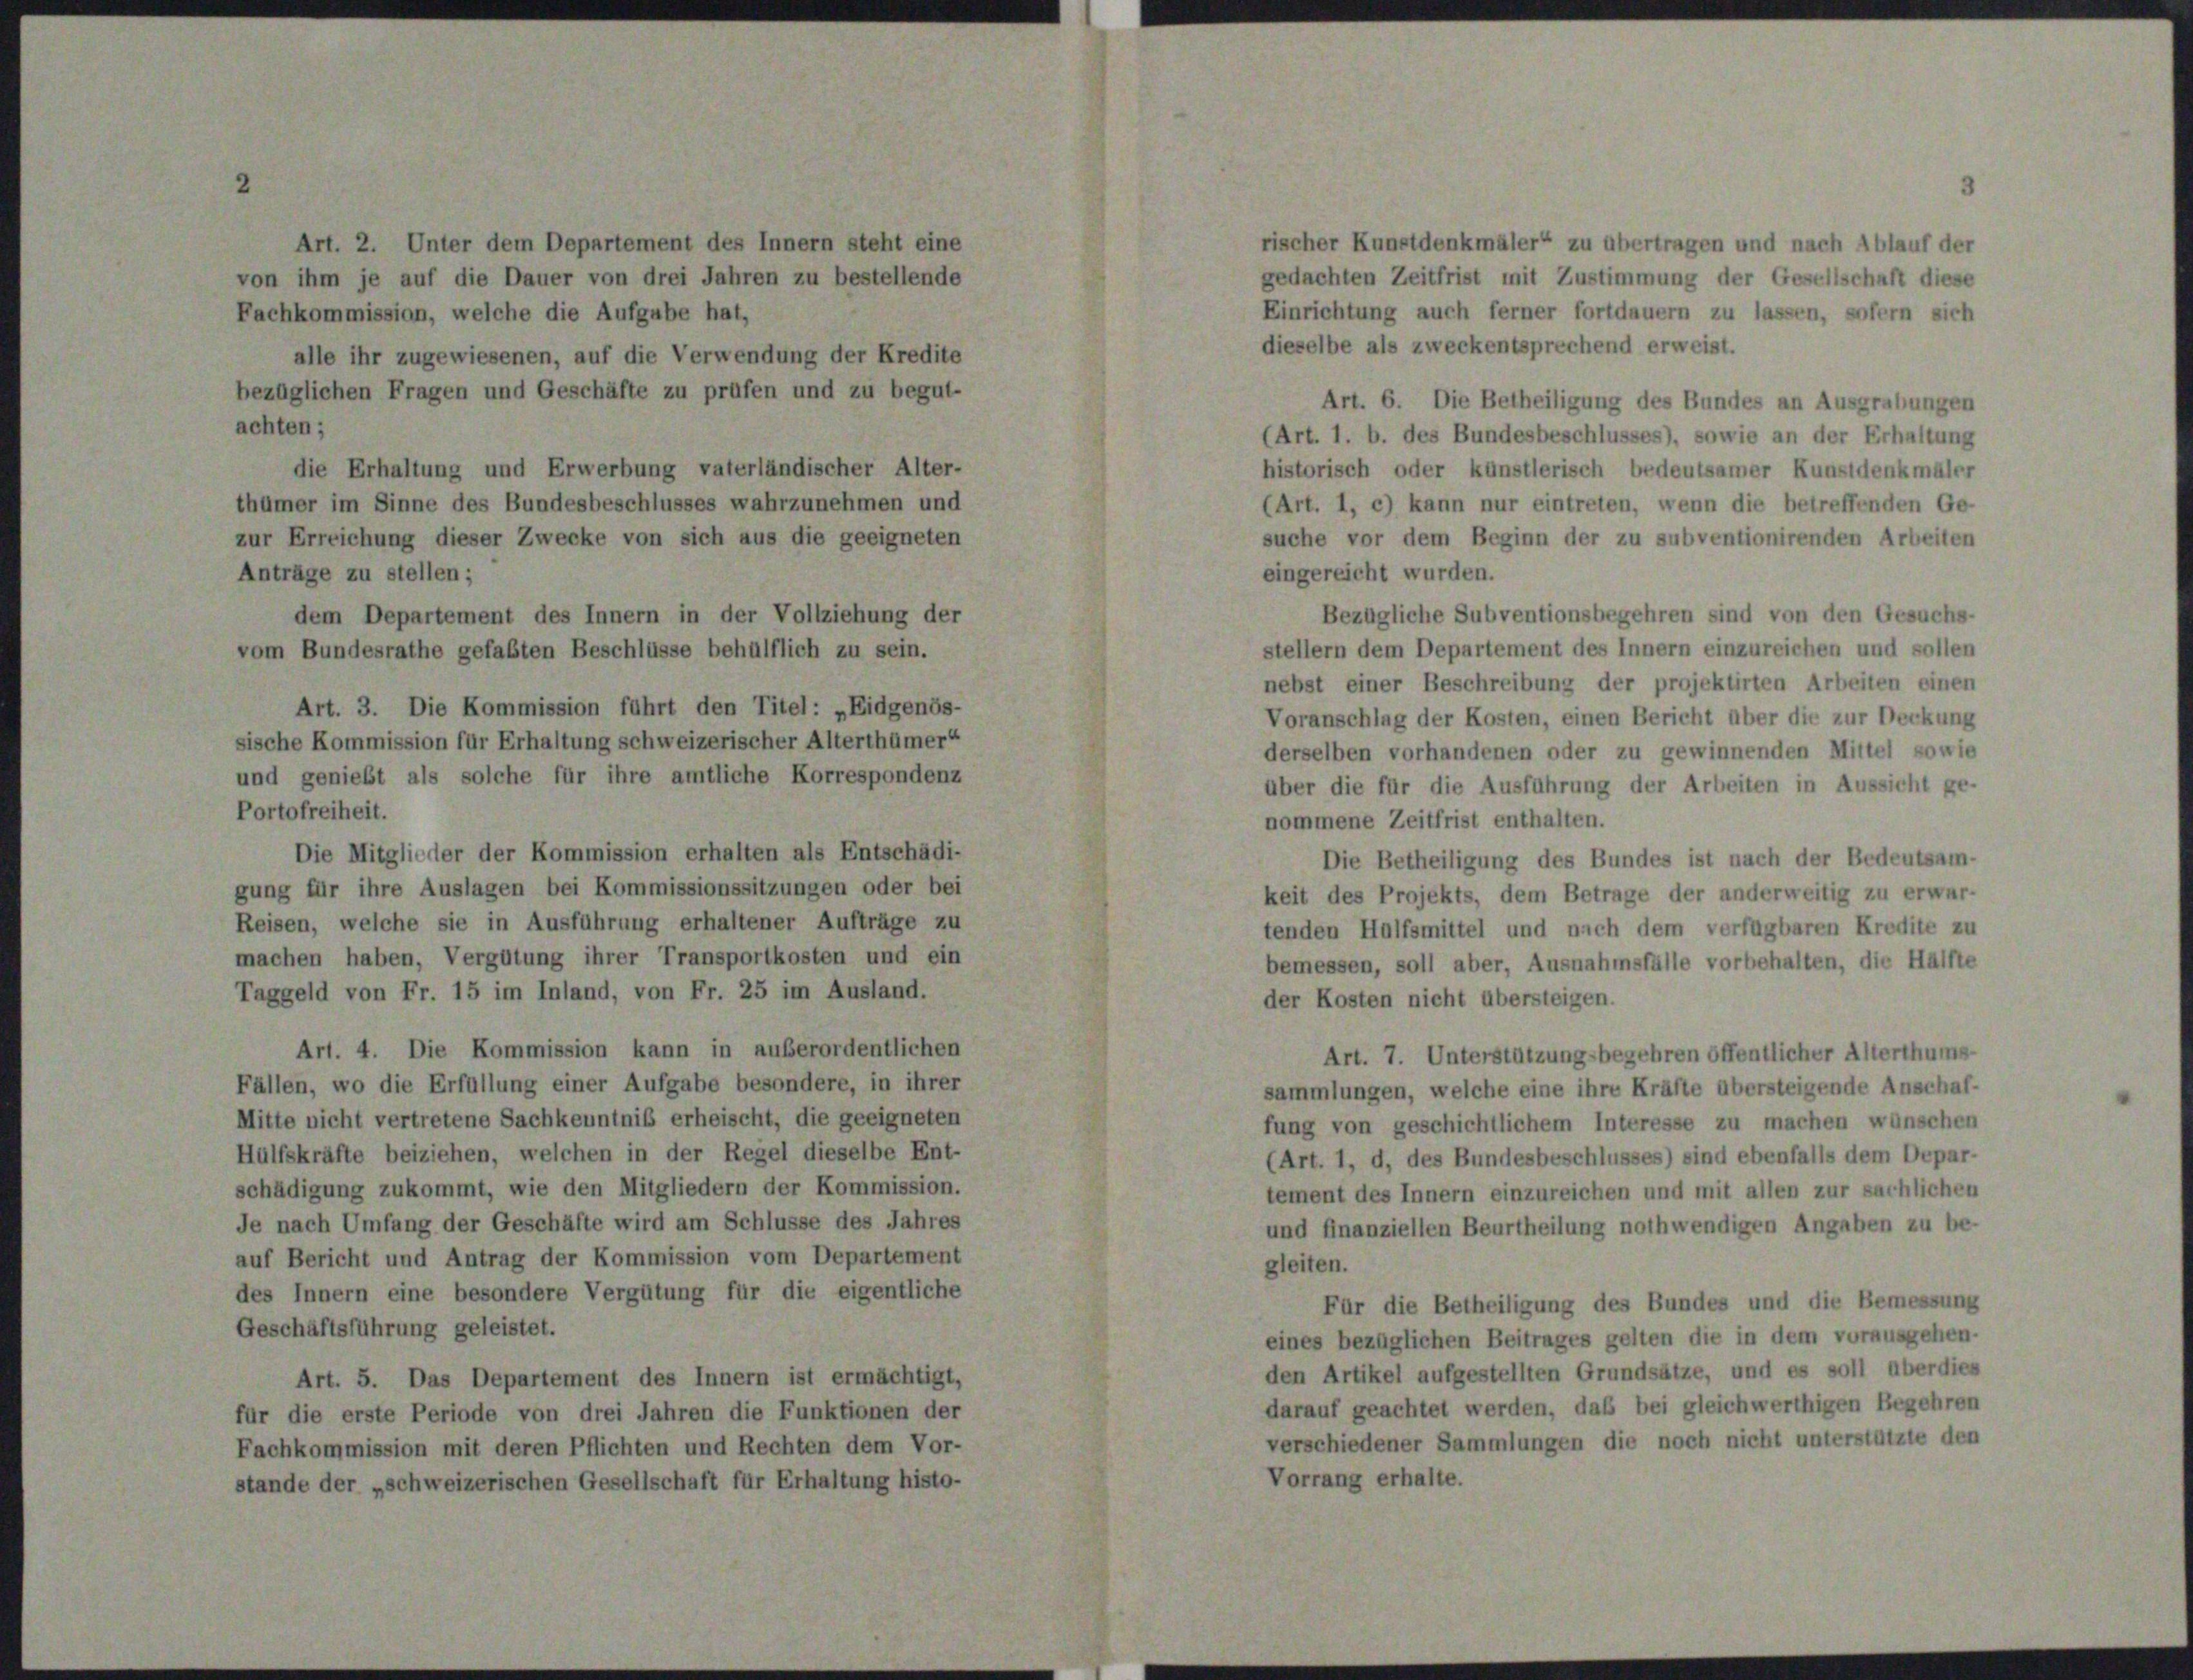
Art.

2

8

jewie

D

E

r

die Aufs

ten, auf die V

die Erhaltung und Erwerbung vaterländischer Alter-
ier im Sinne des Bundesbeschlusses wahrzunehmen und
Erreichung dieser Zwecke von sich aus die geeigneten

ent des Innern in der Vollzieh
efaßten Beschlüsse behülflich zu

3. Die Kommission führt den Titel: „Eidgenös-

p

erwei

ng de

mmission für Erhaltung schweizerischer Alterthümer
solche für ihre amtliche Korrespondens

Die Mitglieder der Kommission erhalten als Entschädi-
gung für ihre Auslagen bei Kommissionssitzungen oder bei
Reisen, welche sie in Ausführung erhaltener Aufträge zu
machen haben, Vergütung ihrer Transportkosten und ein
Taggeld von Fr. 15 im Inland, von Fr. 25 im Ausland.
Art. 4. Die Kommission kann in außerordentlichen
Fällen, wo die Erfüllung einer Aufgabe besondere, in ihrer
Mitte nicht vertretene Sachkenntnis erheischt, die geeigneten
Hülfskräfte beiziehen, welchen in der Regel dieselbe Ent-
schädigung zukommt, wie den Mitgliedern der Kommission.
Je nach Umfang der Geschäfte wird am Schlüsse des Jahres
auf Bericht und Antrag der Kommission vom Departement
des Innern eine besondere Vergütung für die eigentliche
Geschäftsführung geleistet.
Art. 5. Das Departement des Innern ist ermächtigt,
für die erste Periode von drei Jahren die Funktionen der
Fachkommission mit deren Pflichten und Rechten dem Vor-
stande der „schweizerischen Gesellschaft für Erhaltung histo-

rischer Kunstdenkmäler“ zu übertragen und nach Ablauf der
gedachten Zeitfrist mit Zustimmung der Gesellschaft diese
Einrichtung auch ferner fortdauern zu lassen, sofern sich
dieselbe als zweckentsprechend erweist.
Art. 6. Die Betheiligung des Bundes an Ausgrabungen
(Art. 1. b. des Bundesbeschlusses), sowie an der Erhaltung
historisch oder künstlerisch bedeutsamer Kunstdenkmäler
(Art. 1, c) kann nur eintreten, wenn die betreffenden Ge-
suche vor dem Beginn der zu subventionirenden Arbeiten
eingereicht wurden.
Bezügliche Subventionsbegehren sind von den Gesuchs-
stellern dem Departement des Innern einzureichen und sollen
nebst einer Beschreibung der projektirten Arbeiten einen
Voranschlag der Kosten, einen Bericht über die zur Deckung
derselben vorhandenen oder zu gewinnenden Mittel sowie
über die für die Ausführung der Arbeiten in Aussicht ge-
nommene Zeitfrist enthalten.
Die Betheiligung des Bundes ist nach der Bedeutsam-
keit des Projekts, dem Betrage der anderweitig zu erwar-
tenden Hülfsmittel und nach dem verfügbaren Kredite zu
bemessen, soll aber, Ausnahmsfälle vorbehalten, die Hälfte
der Kosten nicht übersteigen.
Art. 7. Unterstützungsbegehren öffentlicher Alterthums-
sammlungen, welche eine ihre Kräfte übersteigende Anschaf-
fung von geschichtlichem Interesse zu machen wünschen
(Art. 1, d, des Bundesbeschlusses) sind ebenfalls dem Depar-
tement des Innern einzureichen und mit allen zur sachlichen
und finanziellen Beurtheilung nothwendigen Angaben zu be-
gleiten.
Für die Betheiligung des Bundes und die Bemessung
eines bezüglichen Beitrages gelten die in dem vorausgehen-
den Artikel aufgestellten Grundsätze, und es soll überdies
darauf geachtet werden, daß bei gleichwerthigen Begehren
verschiedener Sammlungen die noch nicht unterstützte den
Vorrang erhalte.